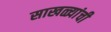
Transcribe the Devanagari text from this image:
साखळ्यांची